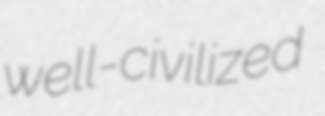
well-civilized